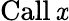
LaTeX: \operatorname{Call}\mathit{x}